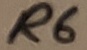
Text: R6